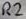
Text: R2